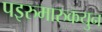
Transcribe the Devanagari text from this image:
पइरुमारुकयुन